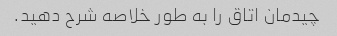
چیدمان اتاق را به طور خلاصه شرح دهید.